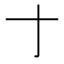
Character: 𬺰